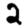
Digit: 2